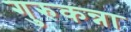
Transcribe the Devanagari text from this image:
गुरुकन्ना